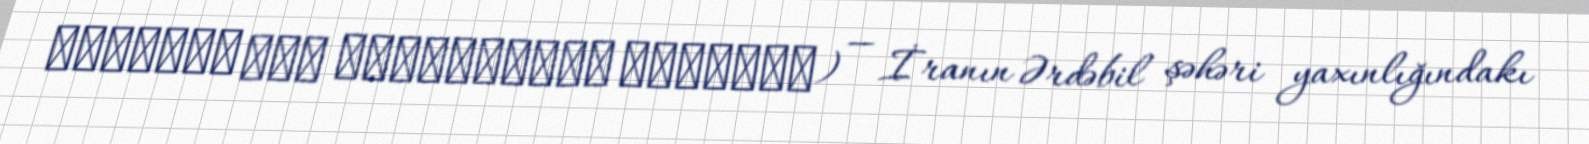
آرامگاه سید امین‌الدین جبراییل) — İranın Ərdəbil şəhəri yaxınlığındakı